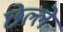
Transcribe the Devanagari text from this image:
छेल्ले